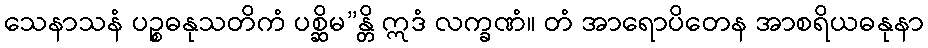
သေနာသနံ ပဉ္စဓနုသတိကံ ပစ္ဆိမ”န္တိ ဣဒံ လက္ခဏံ။ တံ အာရောပိတေန အာစရိယဓနုနာ